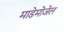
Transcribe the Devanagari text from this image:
माडेमोजेल